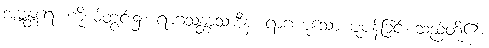
အဗ္ဘန္တရေ၊ ကိုယ်တွင်း၌။ ရာဂသန္တာသာဒီနံ၊ ရာဂဟူသော ပူပန်ခြင်းစသည်တို့၏။